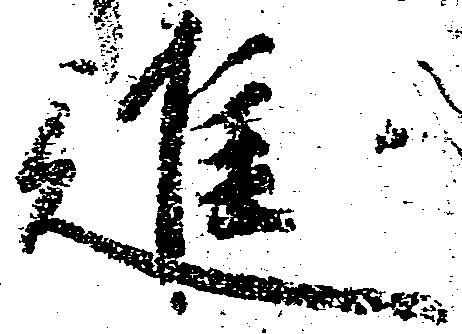
進